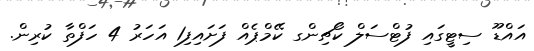
އައްޑޫ ސިޓީގައި ފުޓްސަލް ކޯޗިންގ ކޭމްޕެއް ފަށައިފި1 އަހަރު 4 ހަފްތާ ކުރިން.